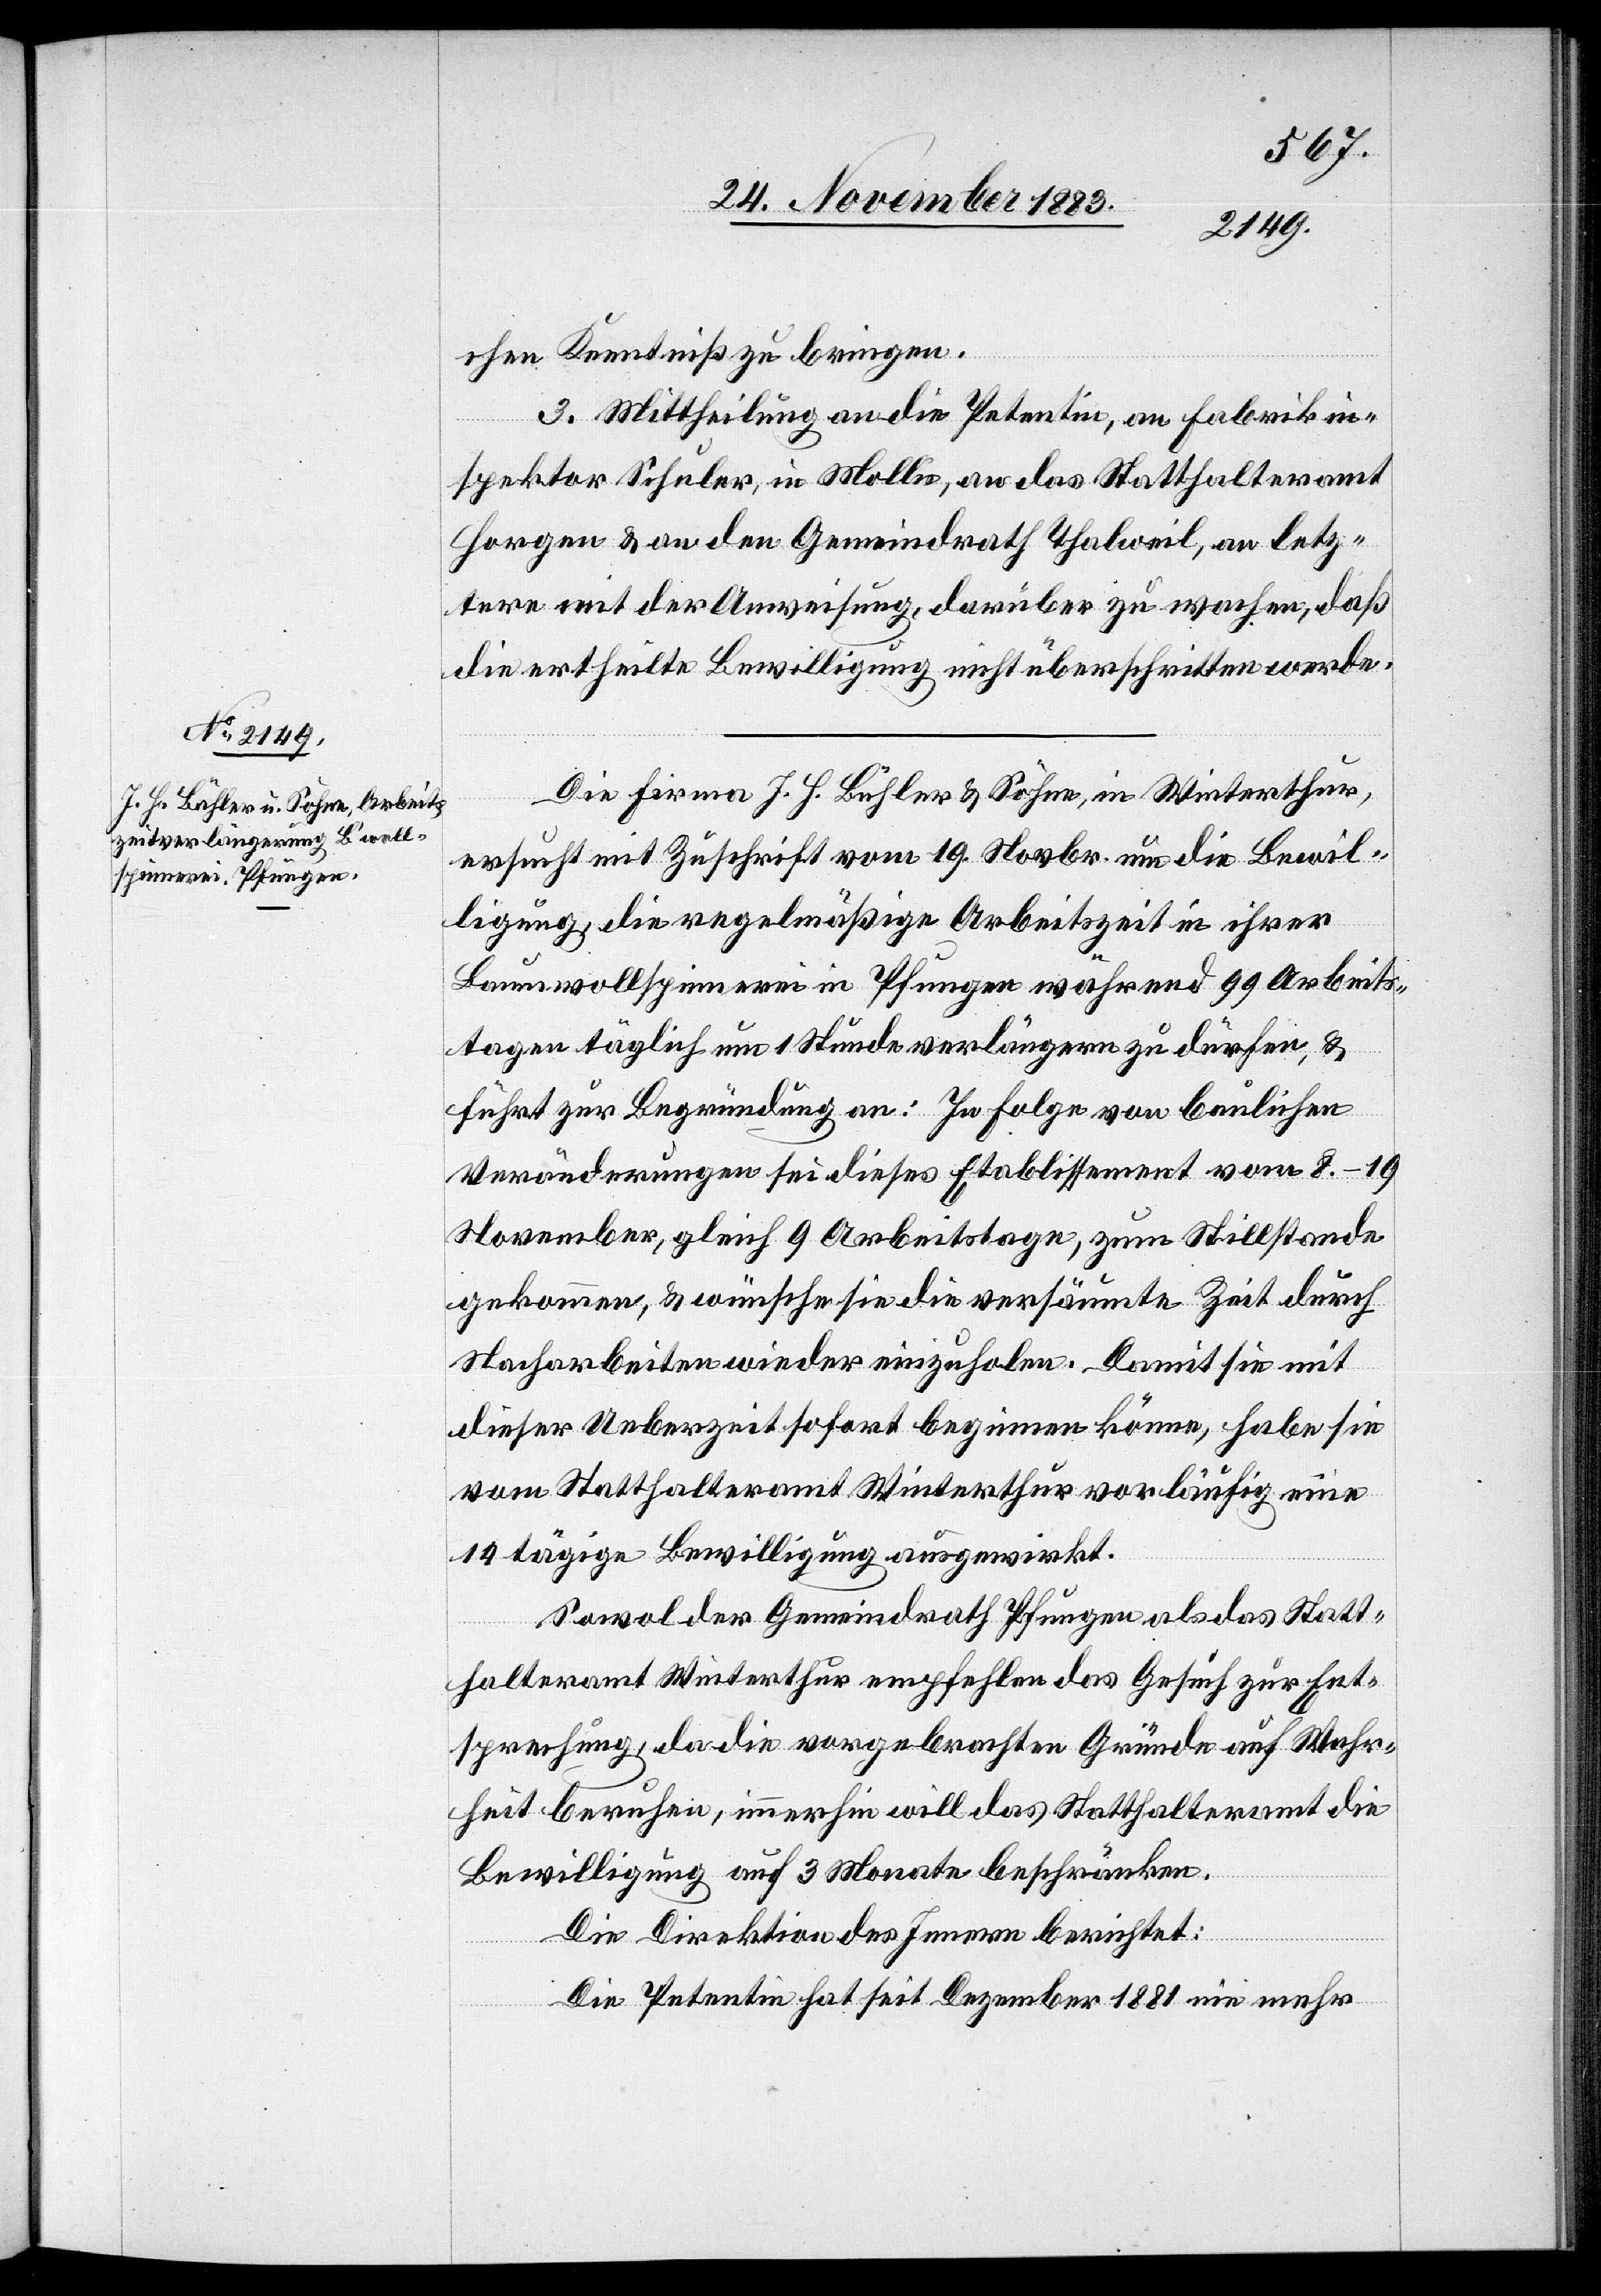
chen Kenntniß zu bringen.
3. Mittheilung an die Petentin, an Fabrikin¬
spektor Schuler, in Mollis, an das Statthalteramt
Horgen & an den Gemeindrath Thalweil, an letz¬
tere mit der Anweisung darüber zu wachen, daß
die ertheilte Bewilligung nicht überschritten werde.
Die Firma J. H. Bühler & Söhne, in Winterthur,
ersucht mit Zuschrift vom 19. Novbr. um die Bewil¬
ligung, die regelmäßige Arbeitszeit in ihrer
Baumwollspinnerei in Pfungen während 99 Arbeits¬
tagen täglich um 1 Stunde verlängern zu dürfen, &
führt zur Begründung an: In Folge von baulichen
Veränderungen sei dieses Etablissement vom 8.–19.
November, gleich 9 Arbeitstage, zum Stillstande
gekommen, & wünsche sie die versäumte Zeit durch
Nacharbeiten wieder einzuholen. Damit sie mit
dieser Ueberzeit sofort beginnen könne, habe sie
vom Statthalteramt Winterthur vorläufig eine
14 tägige Bewilligung ausgewirkt.
Sowol der Gemeindrath Pfungen als das Statt¬
halteramt Winterthur empfehlen das Gesuch zur Ent¬
sprechung, da die vorgebrachten Gründe auf Wahr¬
heit beruhen, immerhin will das Statthalteramt die
Bewilligung auf 3 Monate beschränken.
Die Direktion des Innern berichtet:
Die Petentin hat seit Dezember 1881 nie mehr